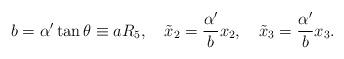
LaTeX: \begin{align*}b= \alpha'\tan \theta \equiv a R_5, \quad \tilde{x}_2 = \frac{\alpha'}{b} x_2, \quad\tilde{x}_3 = \frac{\alpha'}{b} x_3.\end{align*}